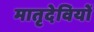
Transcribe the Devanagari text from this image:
मातृदेवियों